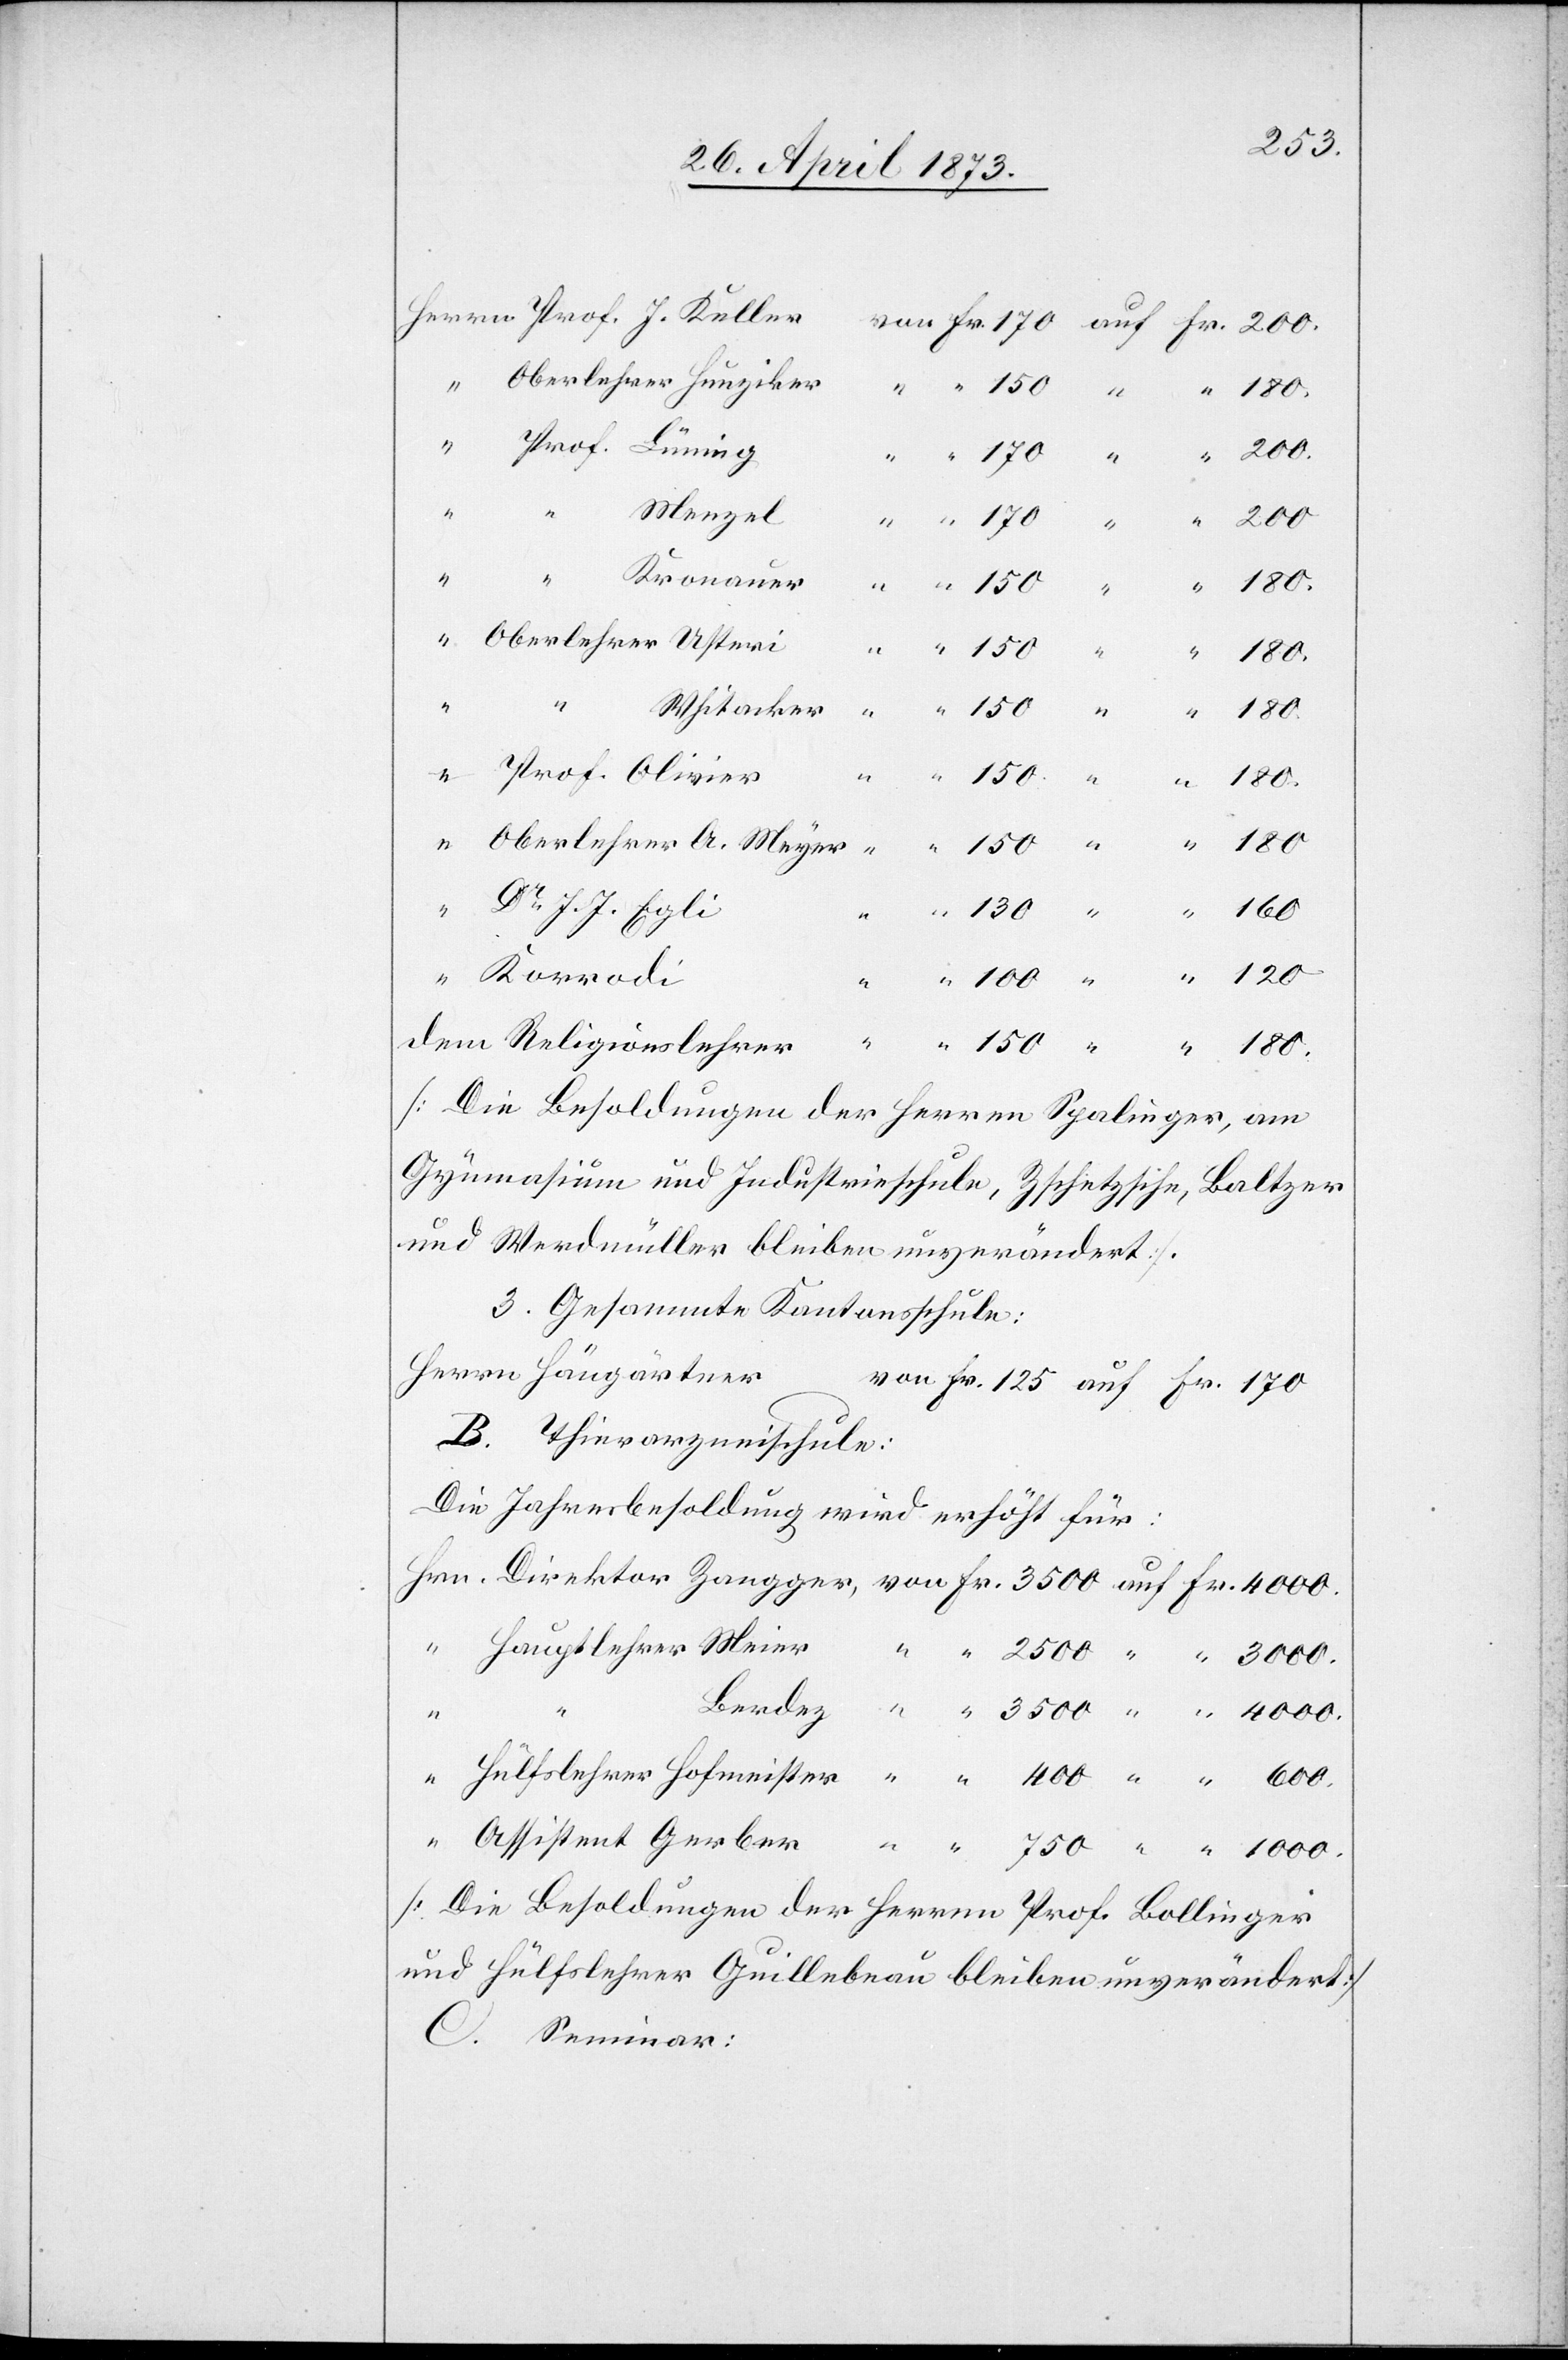
750
Fr.
Gerber
ger,
auf
Whitacker
Dr J. J. Egli
dem Religionslehrer
[Die Besoldungen der Herren Spalinger, am
Gymnasium und Industrieschule, Zschetzsche, Baltzer
und Werdmüller bleiben unverändert].
3. Gesammte Kantonsschule:
B. Thierarzneischule:
Die Jahresbesoldung wird erhöht für:
Berdez
1
[Die Besoldungen der Herren Prof. Bollinger
und Hülfslehrer Guillebeau bleiben unverändert]
C.
Seminar:

3